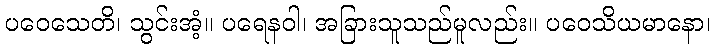
ပဝေသေတိ၊ သွင်းအံ့။ ပရေနဝါ၊ အခြားသူသည်မူလည်း။ ပဝေသိယမာနော၊